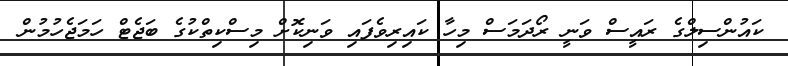
ކައުންސިލްގެ ރައީސް ވަނީ ރޯދަމަސް މިހާ ކައިރިވެފައި ވަނިކޮށް މިސްކިތްކުގެ ބަޖެޓް ހަމަޖެހުމުން